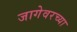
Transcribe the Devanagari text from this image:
जागेवरच्या